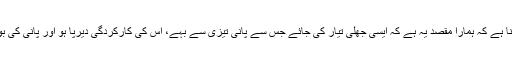
پروفیسر موریسیو کا کہنا ہے کہ ہمارا مقصد یہ ہے کہ ایسی جھلی تیار کی جائے جس سے پانی تیزی سے بہے، اس کی کارکردگی دیرپا ہو اور پانی کی بو بھی ختم کی جا سکے۔